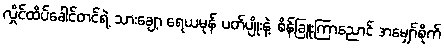
လှိုင်ထိပ်ခေါင်တင်ရဲ့ သားချော့ ရေယမုန် ပတ်ပျိုးနဲ့ စိန်ခြူးကြာညောင် အမျှော်စိုက်